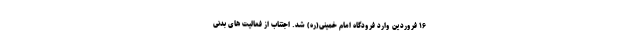
۱۶ فروردین وارد فرودگاه امام خمینی(ره) شد. اجتناب از فعالیت های بدنی